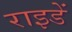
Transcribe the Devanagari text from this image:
राइडें